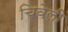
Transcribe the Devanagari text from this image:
चिवेली